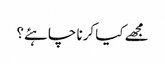
مجھے کیا کرنا چاہئے؟